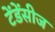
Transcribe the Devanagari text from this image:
टेंडेंसीज